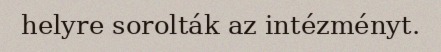
helyre sorolták az intézményt.